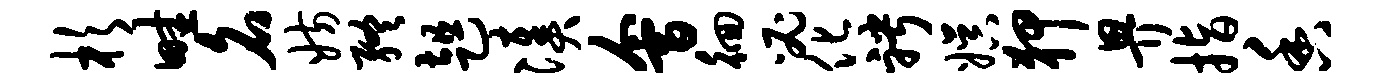
杉畦名妨终趄凑会徊必化聘娱狎畀指香